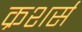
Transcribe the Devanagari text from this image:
क्रशर्स